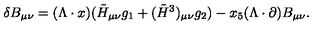
\delta B _ { \mu \nu } = ( \Lambda \cdot x ) ( \tilde { H } _ { \mu \nu } g _ { 1 } + ( \tilde { H } ^ { 3 } ) _ { \mu \nu } g _ { 2 } ) - x _ { 5 } ( \Lambda \cdot \partial ) B _ { \mu \nu } .